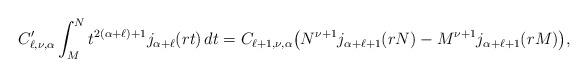
LaTeX: \begin{align*}C'_{\ell,\nu,\alpha}\int_M^N t^{2(\alpha+\ell)+1}j_{\alpha+\ell}(rt)\, dt = C_{\ell+1,\nu,\alpha}\big( N^{\nu+1}j_{\alpha+\ell+1}(rN) -M^{\nu+1} j_{\alpha+\ell+1}(rM)\big),\end{align*}